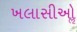
ખલાસીઓૢ